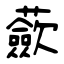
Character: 蘝